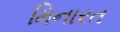
મિનારત